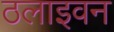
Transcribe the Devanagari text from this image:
ठलाइवन